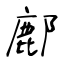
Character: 鄜